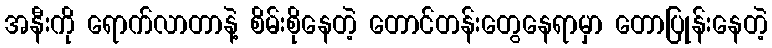
အနီးကို ရောက်လာတာနဲ့ စိမ်းစိုနေတဲ့ တောင်တန်းတွေနေရာမှာ တောပြုန်းနေတဲ့